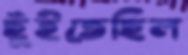
ছুঁইতেছিল